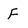
Character: F